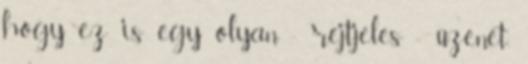
hogy ez is egy olyan - rejtjeles - üzenet,